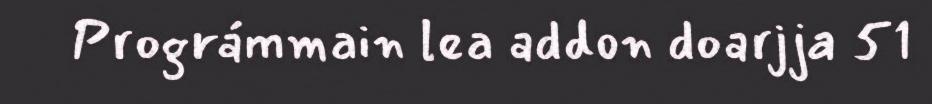
Prográmmain lea addon doarjja 51